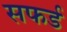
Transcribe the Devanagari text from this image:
सफर्ड